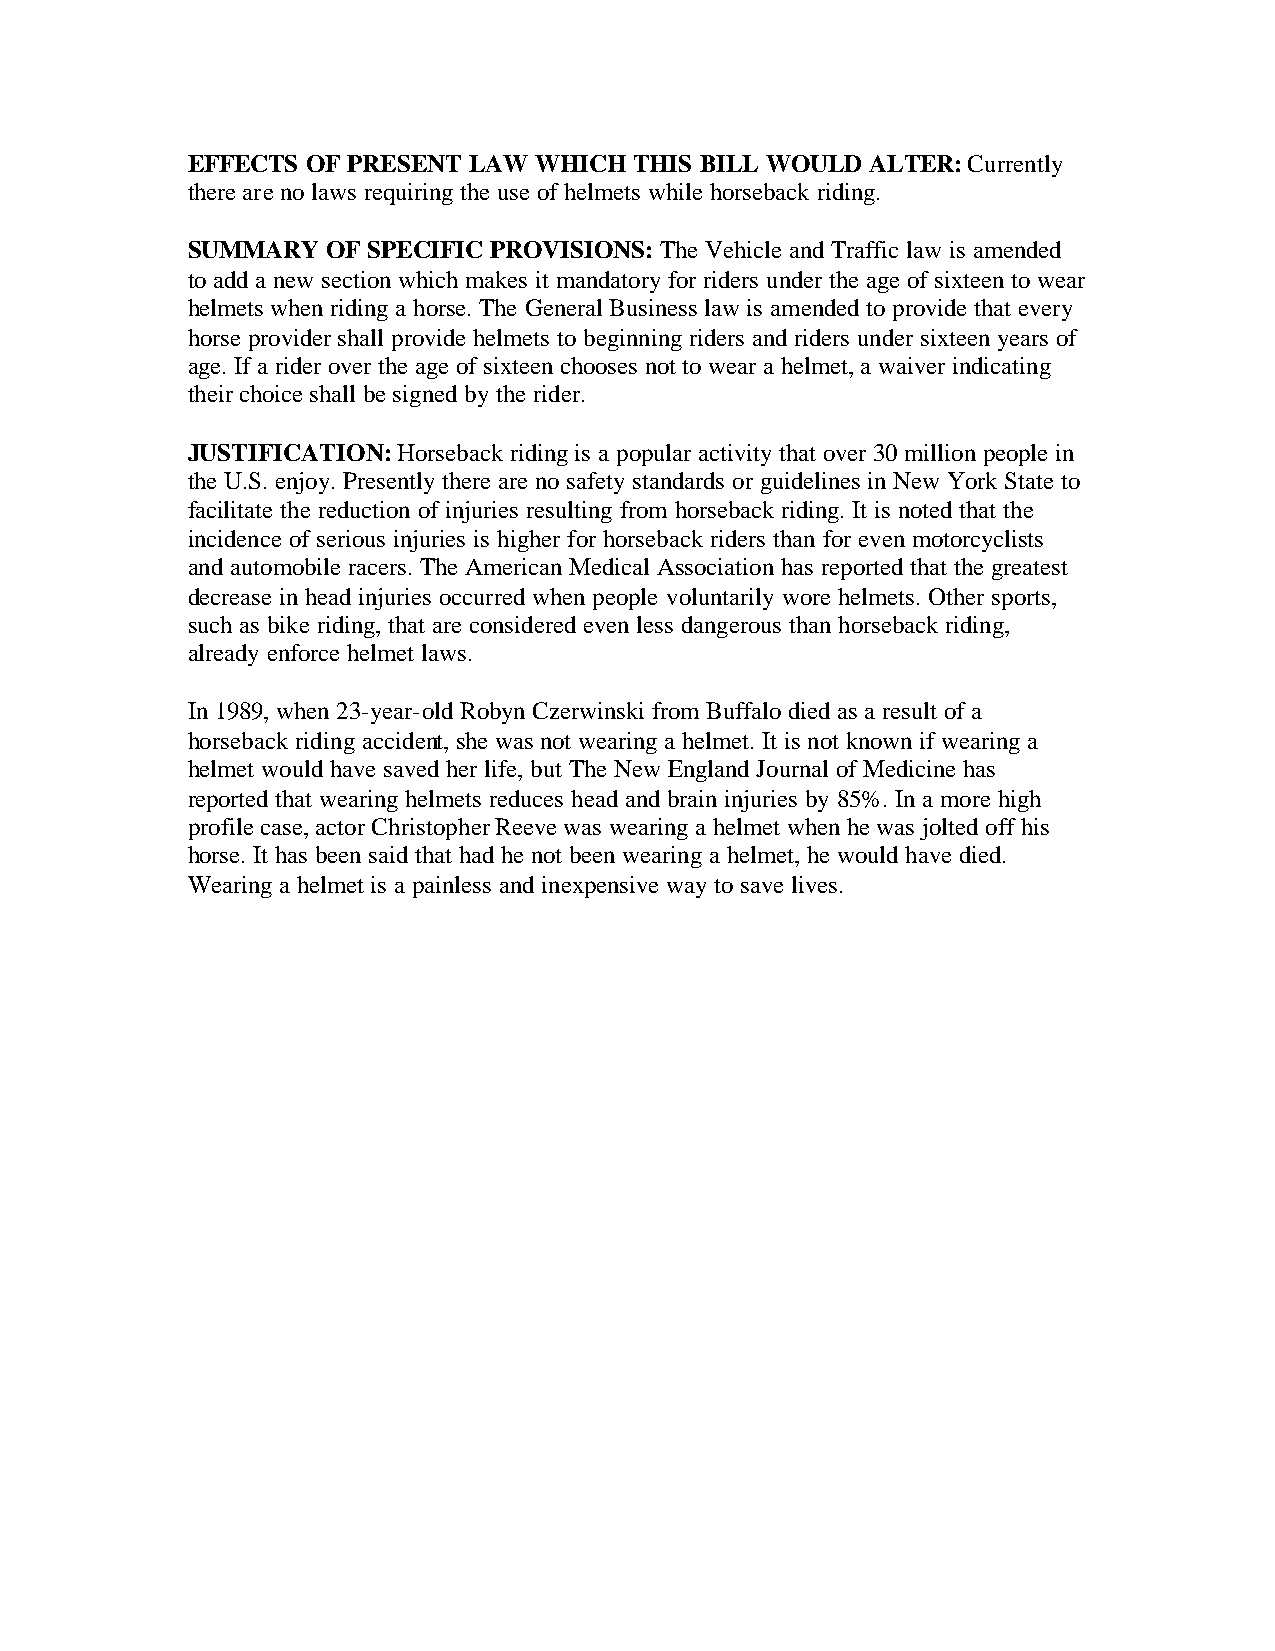
EFFECTS OF PRESENT LAW WHICH  THIS BILL WOULD ALTER: Currently
 there are no laws requiring the use of helmets while horseback riding.
 SUMMARY   OF SPECIFIC PROVISIONS: The Vehicle and Traffic law is amended
 to add a new section which makes it mandatory for riders under the age of sixteen to wear
 helmets when riding a horse. The General Business law is amended to provide that every
 horse provider shall provide helmets to beginning riders and riders under sixteen years of
 age. If a rider over the age of sixteen chooses not to wear a helmet, a waiver indicating
 their choice shall be signed by the rider.
 JUSTIFICATION: Horseback riding is a popular activity that over 30 million people in
 the U.S. enjoy. Presently there are no safety standards or guidelines in New York State to
 facilitate the reduction of injuries resulting from horseback riding. It is noted that the
 incidence of serious injuries is higher for horseback riders than for even motorcyclists
 and automobile racers. The American Medical Association has reported that the greatest
 decrease in head injuries occurred when people voluntarily wore helmets. Other sports,
 such as bike riding, that are considered even less dangerous than horseback riding,
 already enforce helmet laws.
 In 1989, when 23-year-old Robyn Czerwinski from Buffalo died as a result of a
 horseback riding accident, she was not wearing a helmet. It is not known if wearing a
 helmet would have saved her life, but The New England Journal of Medicine has
 reported that wearing helmets reduces head and brain injuries by 85%. In a more high
 profile case, actor Christopher Reeve was wearing a helmet when he was jolted off his
 horse. It has been said that had he not been wearing a helmet, he would have died.
 Wearing a helmet is a painless and inexpensive way to save lives.